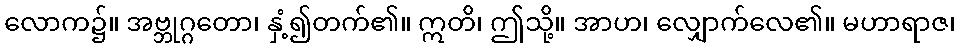
လောက၌။ အဗ္ဘုဂ္ဂတော၊ နှံ့၍တက်၏။ ဣတိ၊ ဤသို့။ အာဟ၊ လျှောက်လေ၏။ မဟာရာဇ၊